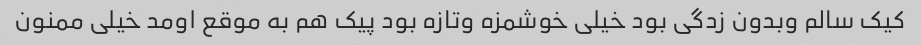
کیک سالم وبدون زدگی بود خیلی خوشمزه وتازه بود پیک هم به موقع اومد خیلی ممنون